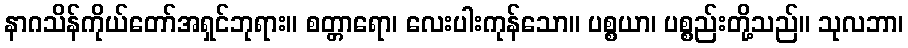
နာဂသိန်ကိုယ်တော်အရှင်ဘုရား။ စတ္တာရော၊ လေးပါးကုန်သော။ ပစ္စယာ၊ ပစ္စည်းတို့သည်။ သုလဘာ၊